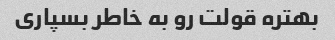
بهتره قولت رو به خاطر بسپاری